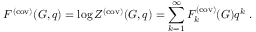
F ^ { ( \mathrm { c o v ) } } ( G , q ) = \log Z ^ { ( \mathrm { c o v ) } } ( G , q ) = \sum _ { k = 1 } ^ { \infty } F _ { k } ^ { ( \mathrm { c o v ) } } ( G ) q ^ { k } ~ .